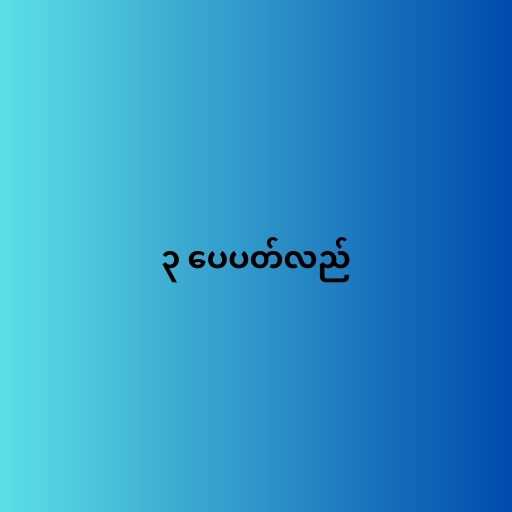
၃ ပေပတ်လည်